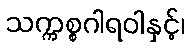
သက္ကစ္စဂါရဝါနှင့်၊